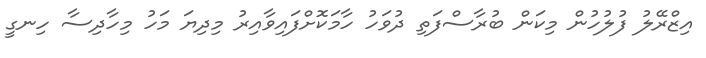
އިޒްރޭލު ފުލުހުން މިކަން ބުރާސްފަތި ދުވަހު ހާމަކޮށްފައިވާއިރު މިދިޔަ މަހު މިހާދިސާ ހިނގީ